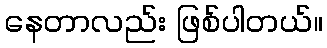
နေတာလည်း ဖြစ်ပါတယ်။